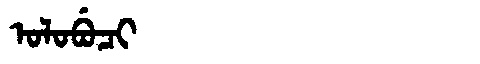
Manchu: ᠣᠯᠣᠪᡠᠴᡳ
Romanization: OLOBUCI